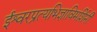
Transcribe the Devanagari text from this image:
ईश्वरप्रत्यभिज्ञाविमर्शिनी